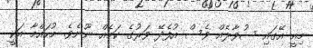
މިއީ އޭގައި ސުވާލެއް ވެސް އުފެދޭ ވަރުގެ ކަމެއް ނޫނެވެ. މުހައްމާ އަކީ